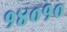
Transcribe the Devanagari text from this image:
१४०१०